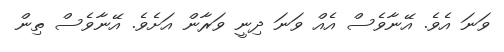
ވަނަ އެވެ. އޭނާވެސް އެއް ވަނަ ދިނީ ވަރާން އަށެވެ. އޭނާވެސް ތިން